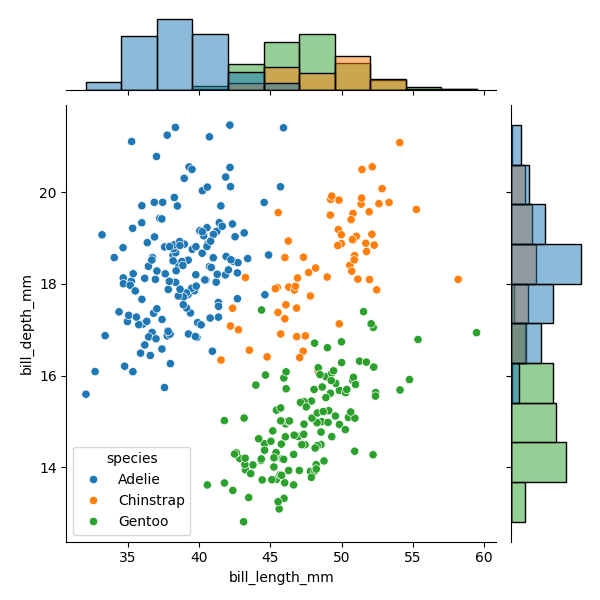
python, seaborn, JointGrid, scatterplot, histplot, hue